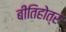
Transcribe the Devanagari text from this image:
बीतिहोत्र